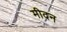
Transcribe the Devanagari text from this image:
मीदन